Report on vaccination in Madras 1877-1894 - 1877-1894
Year: 1877
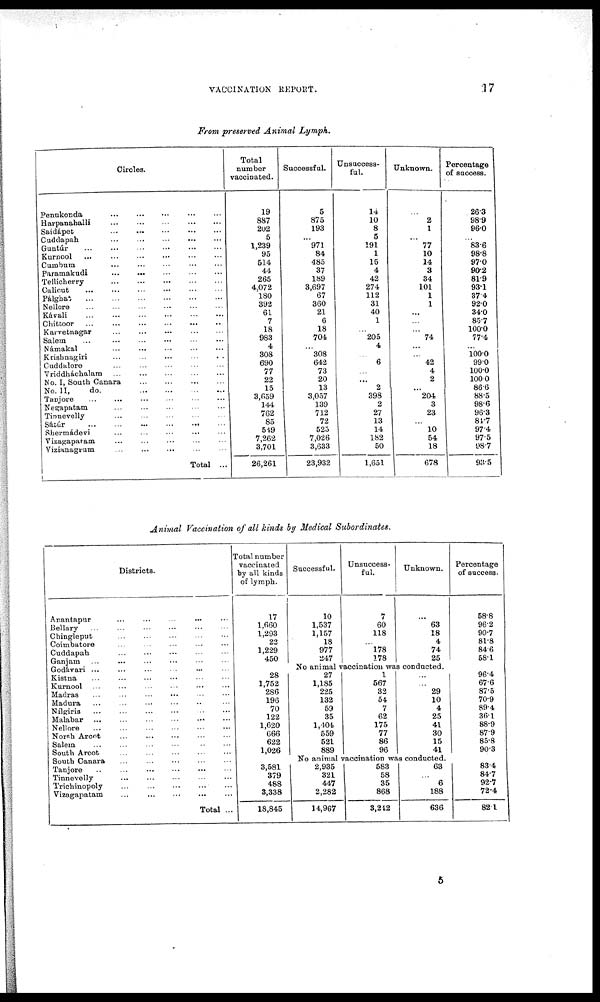
VACCINATION REPORT.
17
From preserved Animal Lymph.
Circles.
Penukonda
...
...
...
...
...
Harpanahalli
...
...
...
...
...
Saidápet
...
...
...
...
...
Cuddapah
...
...
...
...
...
Guntúr
...
...
...
...
...
...
...
Kurnool
...
...
...
...
...
...
Cumbum ... ... ... ... ...
Paramakudi
...
... ... ... ...
Tellicherry
...
...
...
...
...
Calicut
...
...
...
...
...
...
Pálghat
...
...
...
...
...
...
Nellore
...
...
...
...
...
...
Kávali
...
...
...
...
...
...
Chittoor
...
...
...
...
...
...
Karvetnagar
...
...
...
...
...
Salem
...
... ... ... ... ...
Námakal
...
...
...
...
...
Krishnagiri ... ... ... ... ...
Cuddalore
... ... ... ... ... ...
Vriddháchalam ... ... ... ... ...
No. I, South Canara
...
...
...
...
No. II, do.
...
...
...
...
Tanjore
...
...
...
...
...
...
Negapatam
... ... ... ... ...
Tinnevelly
... ... ... ... ...
Sátúr
...
...
...
...
...
...
...
Shermádevi ... ... ... ... ...
Vizagapatam ... ... ... ... ...
Vizianagrum ... ... ... ... ...
Total ...
Total
number
vaccinated.
19
887
202
5
1,239
95
514
44
265
4,072
180
392
61
7
18
983
4
308
690
77
22
15
3,659
144
762
85
549
7,262
3,701
26,261
Successful.
5
875
193
...
971
84
485
37
189
3,697
67
360
21
6
18
704
...
308
642
73
20
13
3,057
139
712
72
525
7,026
3,633
23,932
Unsuccess-
ful.
14
10
8
5
191
1
15
4
42
274
112
31
40
1
...
205
4
...
6
...
...
2
398
2
27
13
14
182
50
1,651
Unknown.
...
2
1
...
77
10
14
3
34
101
1
1
...
...
...
74
...
...
42
4
2
...
204
3
23
...
10
54
18
678
Percentage
of success.
26.3
98.9
96.0
...
83.6
98.8
97.0
90.2
81.9
93.1
37.4
92.0
34.0
85.7
100.0
77.4
...
100.0
99.0
100.0
100.0
86.6
88.5
98.6
96.3
84.7
97.4
97.5
98.7
93.5
Animal Vaccination of all kinds by Medical Subordinates.
Districts.
Anantapur
... ... ... ... ...
Bellary
...
...
...
...
...
...
Chingleput
... ... ... ... ...
Coimbatore ... ... ... ... ...
Cuddapah ... ... ... ... ...
Ganjam ... ... ... ... ... ...
Godávari ... ... ... ... ... ...
Kistna
...
...
...
...
...
...
Kurnool ... ... ... ... ... ...
Madras
...
...
...
...
...
Madura ... ... ... ... ... ...
Nílgiris
...
...
...
...
...
...
Malabar ... ... ... ... ... ...
Nellore
...
...
...
...
...
...
North Aront
...
...
...
...
...
...
Salem ... ... ... ... ... ...
South Arcot
...
...
...
...
...
South Canara
... ... ... ... ...
Tanjore ... ... ... ... ... ...
Tinnevelly ... ... ... ... ...
Trichinopoly ... ... ... ... ...
Vizagapatam
...
...
...
...
...
Total ...
Total number
vaccinated
by all kinds
of lymph.
17
1,660
1,293
22
1,229
450
Successful.
10
1,537
1,157
18
977
247
Unsuccess-
ful.
7
60
118
...
178
178
Unknown.
...
63
18
4
74
25
Percentage
of success.
58.8
96.2
90.7
81.8
84.6
58.1
No animal vaccination was conducted.
28
1,752
286
196
70
122
1,620
666
622
1,026
27
1,185
225
132
59
35
1,404
559
521
889
1
567
32
54
7
62
175
77
86
96
...
...
29
10
4
25
41
30
15
41
96.4
67.6
87.5
70.9
89.4
36.1
88.9
87.9
85.8
90.3
No animal vaccination was conducted.
3,581
379
488
3,338
18,845
2,935
321
447
2,282
14,967
583
58
35
868
3,242
63
...
6
188
636
83.4
84.7
92.7
72.4
82.1
5